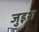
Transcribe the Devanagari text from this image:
जुइश